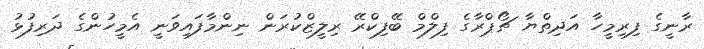
ރާނީގެ ފިރިމީހާ އަދިތްޔާ ޗޯޕްރާގެ ފިލްމް ބޭފިކްރޭ ރިލީޒްކުރަން ނިންމާފައިވަނީ އެމީހުންގެ ދަރިފުޅު